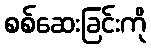
စစ်ဆေးခြင်းကို